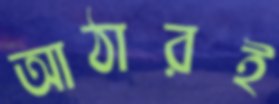
আঠারই